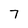
Character: 7